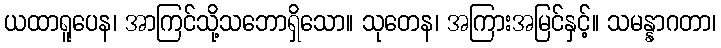
ယထာရူပေန၊ အာကြင်သို့သဘောရှိသော။ သုတေန၊ အကြားအမြင်နှင့်။ သမန္နာဂတာ၊